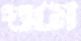
গুমে